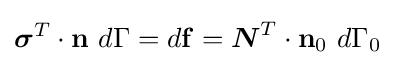
{\boldsymbol {\sigma }}^{T}\cdot \mathbf {n} ~d\Gamma =d\mathbf {f} ={\boldsymbol {N}}^{T}\cdot \mathbf {n} _{0}~d\Gamma _{0}